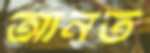
আনত